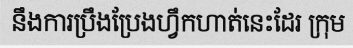
នឹងការប្រឹងប្រែងហ្វឹកហាត់នេះដែរ ក្រុម